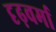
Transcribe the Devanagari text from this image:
दृढ़वर्मा